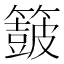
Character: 𮆟